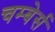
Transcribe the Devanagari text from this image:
चम्बेर्स